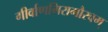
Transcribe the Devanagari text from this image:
गीर्वाणगिरागौरवम्